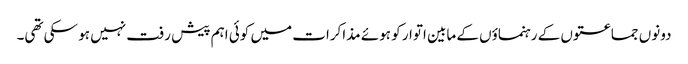
دونوں جماعتوں کے رہنماؤں کے مابین اتوار کو ہوئے مذاکرات میں کوئی اہم پیش رفت نہیں ہو سکی تھی۔